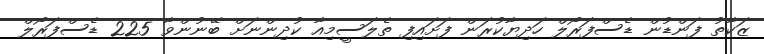
ޒަކާތު ފަންޑުން ޑެސްފަރޯލް ހަދިޔާކުރަން ފަށައިފި ތެލަސީމިއާ ކުދިންނަށް ބޭނުންވާ 225 ޑެސްފަރޯލް